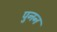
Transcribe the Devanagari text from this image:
पुनन